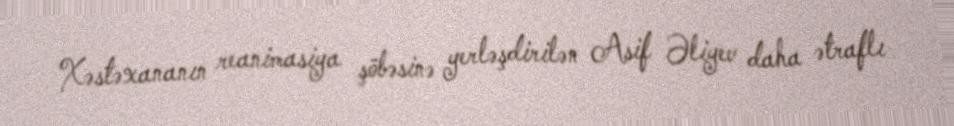
Xəstəxananın reanimasiya şöbəsinə yerləşdirilən Asif Əliyev daha ətraflı